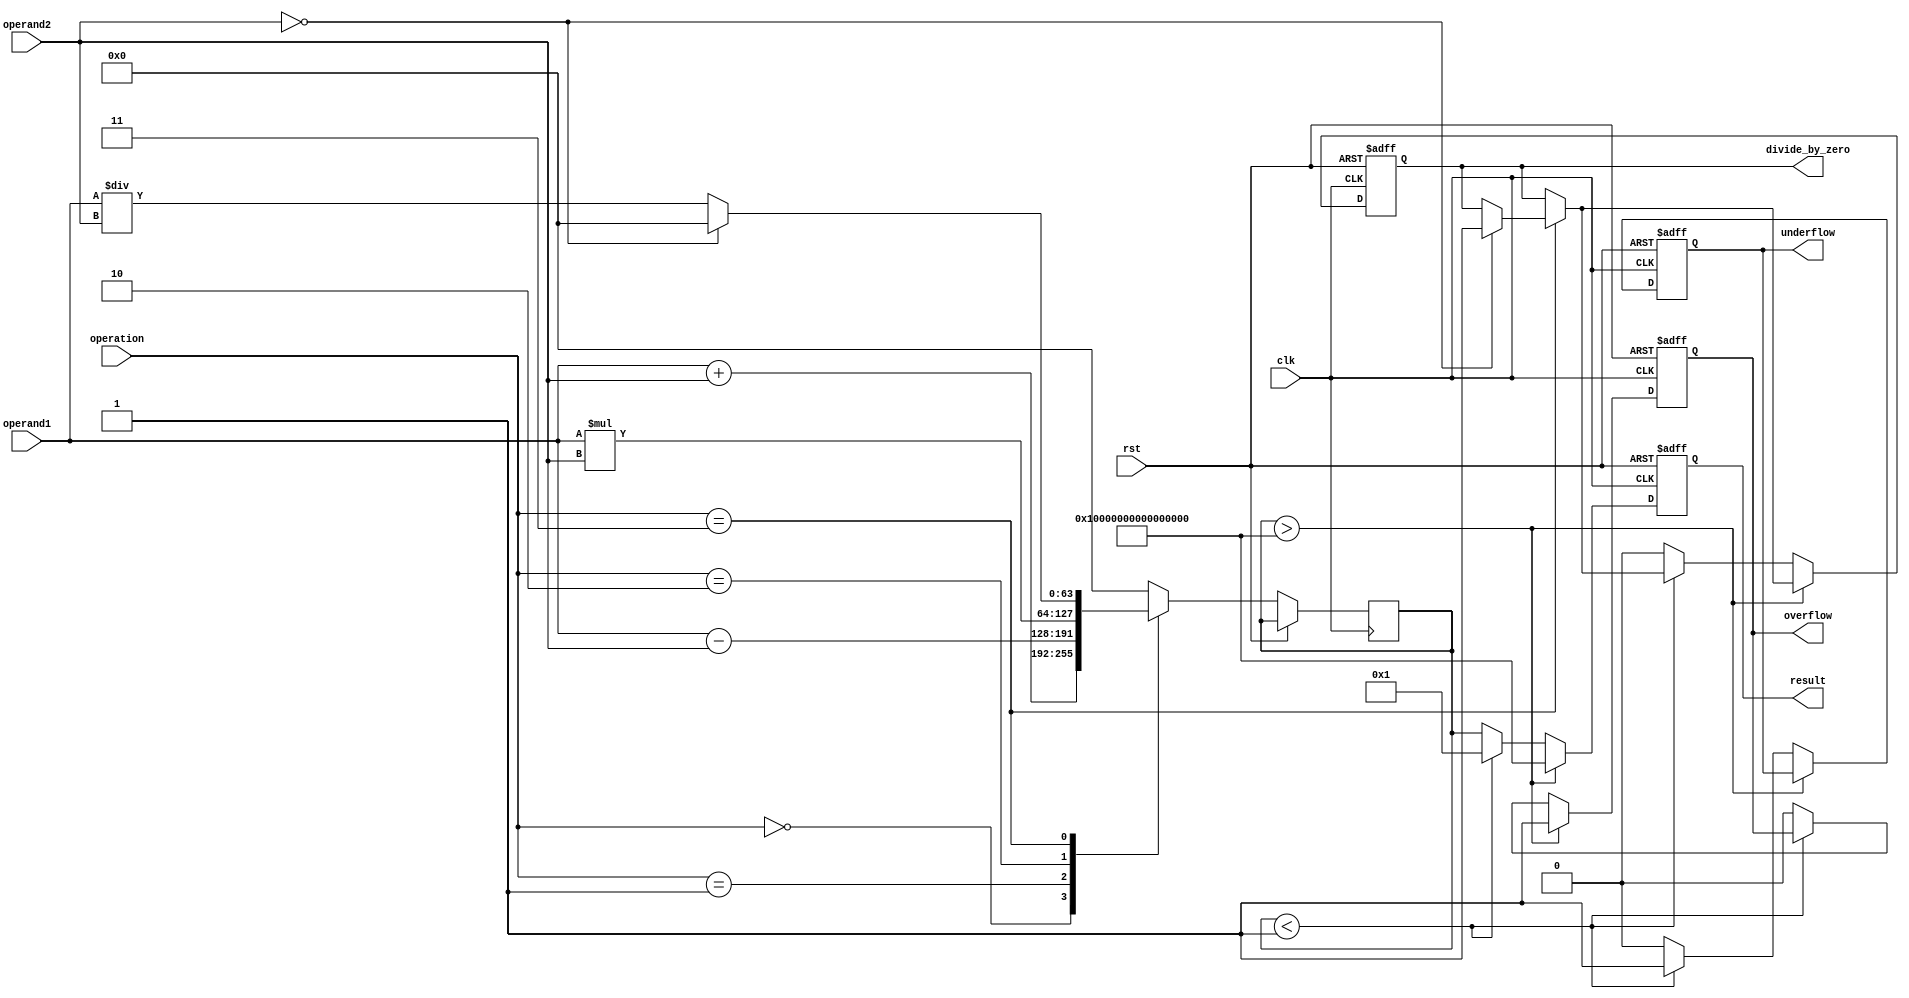
module double_precision_fpu(
    input wire clk,
    input wire rst,
    input wire [63:0] operand1,
    input wire [63:0] operand2,
    input wire [2:0] operation, // 0: addition, 1: subtraction, 2: multiplication, 3: division
    output reg [63:0] result,
    output reg overflow,
    output reg underflow,
    output reg divide_by_zero
);

reg [63:0] temp_result;

always @(posedge clk or posedge rst) begin
    if(rst) begin
        result <= 64'b0;
        overflow <= 1'b0;
        underflow <= 1'b0;
        divide_by_zero <= 1'b0;
    end else begin
        case(operation)
            3'b000: temp_result <= operand1 + operand2; // addition
            3'b001: temp_result <= operand1 - operand2; // subtraction
            3'b010: temp_result <= operand1 * operand2; // multiplication
            3'b011: begin // division
                if(operand2 == 64'b0) begin
                    divide_by_zero <= 1'b1;
                    temp_result <= 64'b0;
                end else begin
                    temp_result <= operand1 / operand2;
                end
            end
            default: temp_result <= 64'b0;
        endcase
        
        if(temp_result > 64'b1111111111111111111111111111111111111111111111111111111111111111) begin
            overflow <= 1'b1;
            result <= 64'b1111111111111111111111111111111111111111111111111111111111111111;
        end else if(temp_result < 64'b0000000000000000000000000000000000000000000000000000000000000001) begin
            underflow <= 1'b1;
            result <= 64'b0000000000000000000000000000000000000000000000000000000000000001;
        end else begin
            result <= temp_result;
            overflow <= 1'b0;
            underflow <= 1'b0;
            divide_by_zero <= 1'b0;
        end
    end
end

endmodule